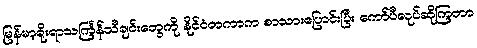
မြန်မာ့ရိုးရာသင်္ကြန်သီချင်းတွေကို နိုင်ငံတကာက စာသားပြောင်းပြီး ကော်ပီလုပ်ဆိုကြတာ